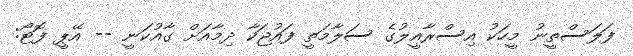
ފަލަސްތީނު މީހަކު އިސްރާއީލުގެ ސަލާމަތީ ފައުޖަކާ ދިމާއަށް ގާއުކަނީ -- އޭޕީ ފޮޓޯ: